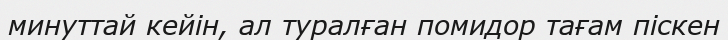
минуттай кейін, ал туралған помидор тағам піскен